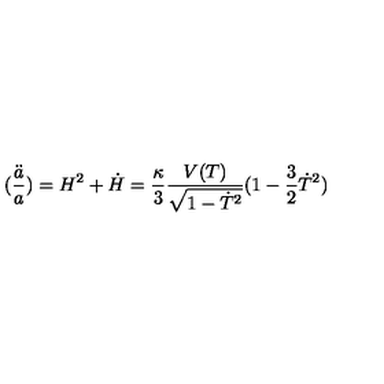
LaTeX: ( \frac { \ddot { a } } { a } ) = H ^ { 2 } + \dot { H } = \frac { \kappa } { 3 } \frac { V ( T ) } { \sqrt { 1 - \dot { T } ^ { 2 } } } ( 1 - \frac { 3 } { 2 } \dot { T } ^ { 2 } )